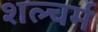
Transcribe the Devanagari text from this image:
शल्चर्म